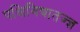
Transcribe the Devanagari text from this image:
पक्षिविद्यातज्ज्ञ